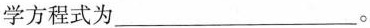
学方程式为___。